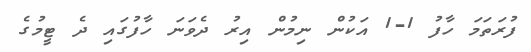
ފުރަތަމަ ހާފު 1-1 އަކުން ނިމުން އިރު ދެވަނަ ހާފުގައި ދެ ޓީމުގެ